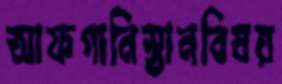
আফগানিস্তানবিষয়